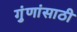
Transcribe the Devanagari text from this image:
गुंणांसाठी